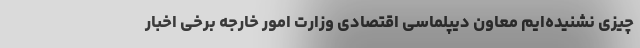
چیزی نشنیده‌ایم معاون دیپلماسی اقتصادی وزارت امور خارجه برخی اخبار